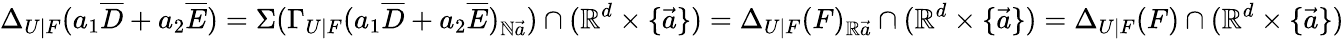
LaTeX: \Delta_{U|F}(a_{1}\overline{{D}}+a_{2}\overline{{E}})=\Sigma(\Gamma_{U|F}(a_{1}\overline{{D}}+a_{2}\overline{{E}})_{\mathbb{N}\vec{a}})\cap(\mathbb{R}^{d}\times\{ \vec{a}\} )=\Delta_{U|F}(F)_{\mathbb{R}\vec{a}}\cap(\mathbb{R}^{d}\times\{ \vec{a}\} )=\Delta_{U|F}(F)\cap(\mathbb{R}^{d}\times\{ \vec{a}\} )